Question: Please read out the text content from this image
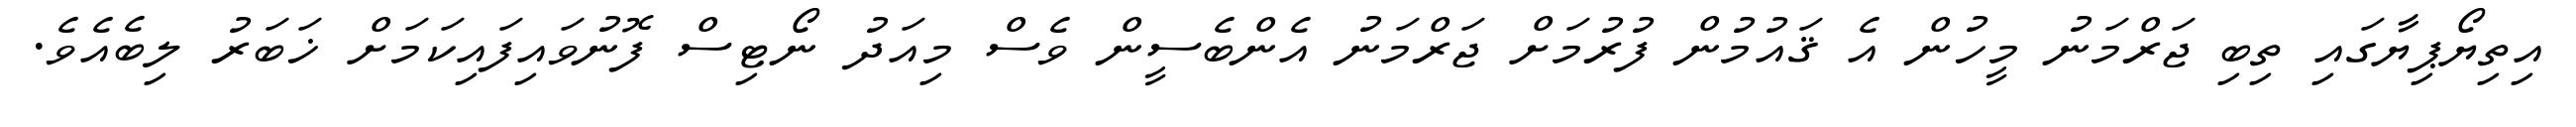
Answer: އިތިޔޯޕިޔާގައި ތިބި ޖަރްމަނު މީހުން އެ ޤައުމުން ފުރުމަށް ޖަރްމަނު އެންބެސީން ވެސް މިއަދު ނޯޓިސް ފޮނުވައިފައިކަމަށް ޚަބަރު ލިބެއެވެ.